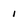
Character: 1